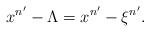
LaTeX: \begin{align*}x^{n^\prime}-\Lambda=x^{n^\prime}-\xi^{n^\prime}.\end{align*}